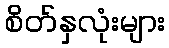
စိတ်နှလုံးများ